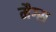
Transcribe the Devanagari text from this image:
मैग्स